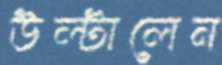
উল্টালেন